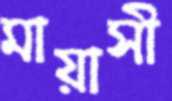
মায়াসী